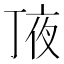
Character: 𠅗